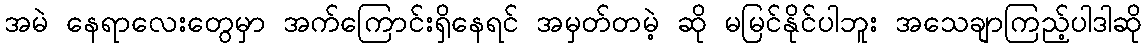
အမဲ နေရာလေးတွေမှာ အက်ကြောင်းရှိနေရင် အမှတ်တမဲ့ ဆို မမြင်နိုင်ပါဘူး အသေချာကြည့်ပါဒါဆို